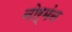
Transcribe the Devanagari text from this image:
नोर्मंन